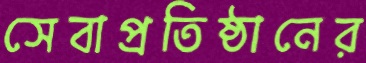
সেবাপ্রতিষ্ঠানের